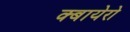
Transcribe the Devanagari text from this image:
क्बायेरो